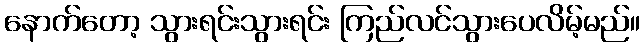
နောက်တော့ သွားရင်းသွားရင်း ကြည်လင်သွားပေလိမ့်မည်။